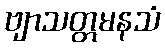
ဗျာသတ္တမနသံ